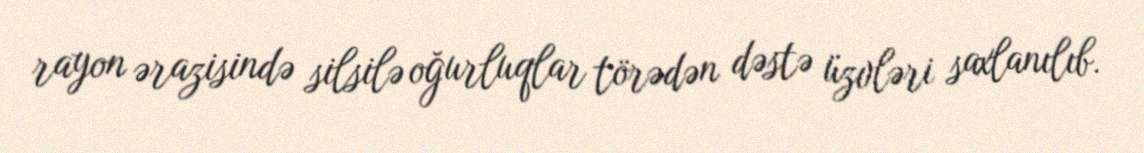
rayon ərazisində silsilə oğurluqlar törədən dəstə üzvləri saxlanılıb.